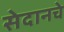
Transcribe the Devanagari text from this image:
सेदानचे